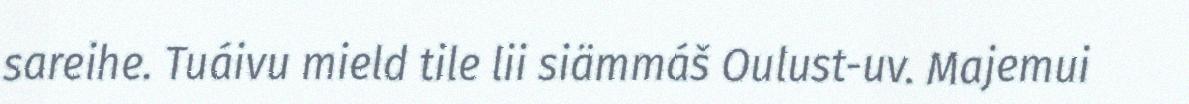
sareihe. Tuáivu mield tile lii siämmáš Oulust-uv. Majemui